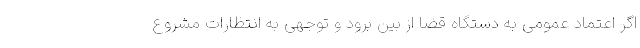
اگر اعتماد عمومی به دستگاه قضا از بین برود و توجهی به انتظارات مشروع